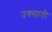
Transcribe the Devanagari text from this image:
उक्साती